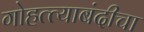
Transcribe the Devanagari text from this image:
गोहत्त्याबंदीचा